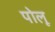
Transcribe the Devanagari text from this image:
पोलू